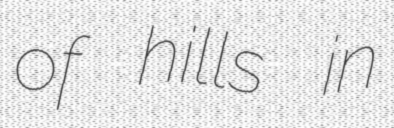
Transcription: of hills in